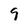
Character: 9